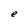
Character: e